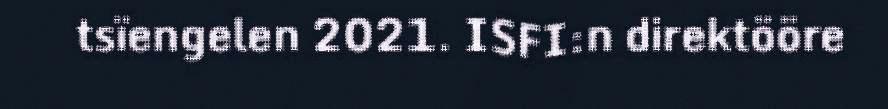
tsïengelen 2021. ISFI:n direktööre